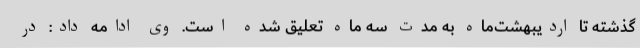
گذشته تا اردیبهشت‌ماه به مدت سه ماه تعلیق شده است. وی ادامه داد: در